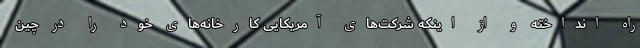
راه انداخته و از اینکه شرکت‌های آمریکایی کارخانه‌های خود را در چین